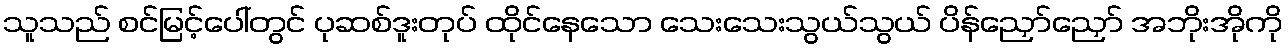
သူသည် စင်မြင့်ပေါ်တွင် ပုဆစ်ဒူးတုပ် ထိုင်နေသော သေးသေးသွယ်သွယ် ပိန်ညှော်ညှော် အဘိုးအိုကို